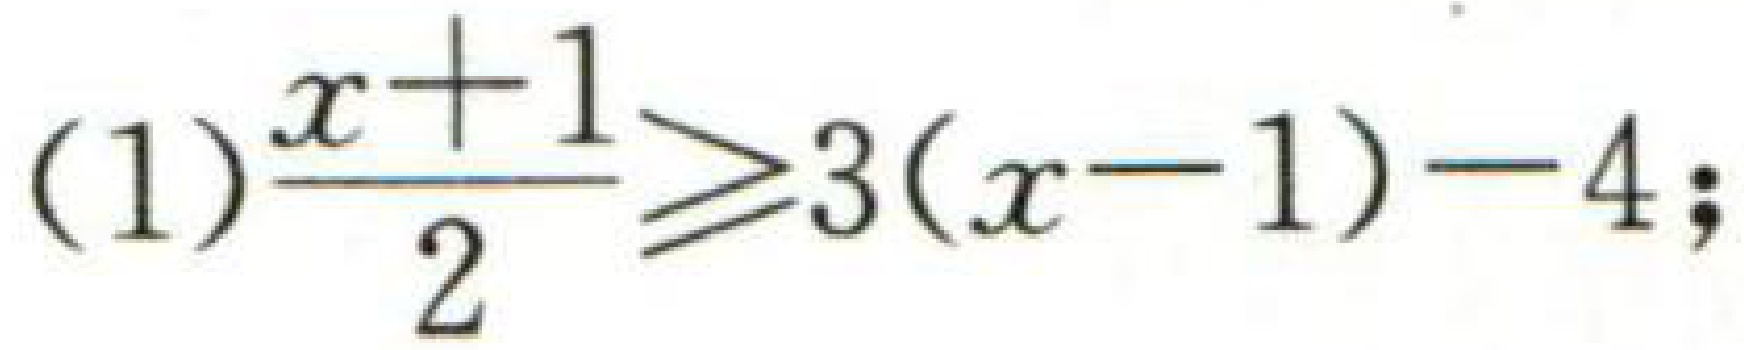
(1)\(\dfrac{x + 1}{2} \geqslant 3(x - 1) - 4;\)